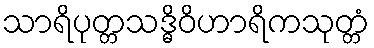
သာရိပုတ္တသဒ္ဓိဝိဟာရိကသုတ္တံ